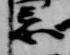
忌